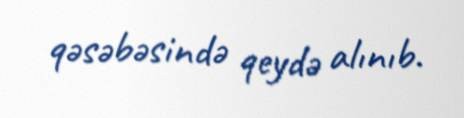
qəsəbəsində qeydə alınıb.